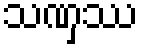
သဏှဿ